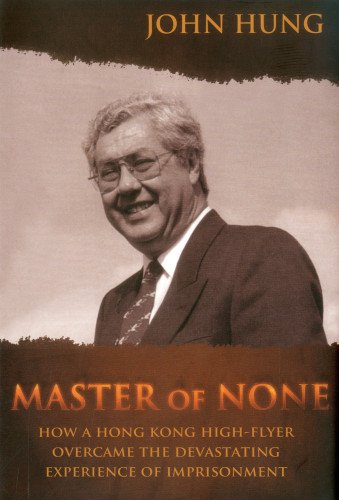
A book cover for Master of None: How a Hong Kong High-Flyer Over-Came the Devastating Experience of Imprisonment; John Hung; History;